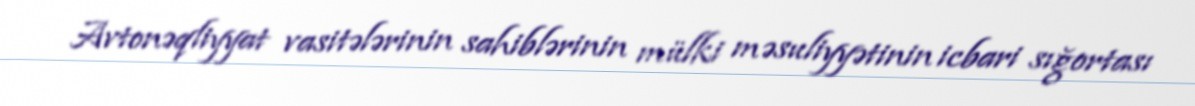
Avtonəqliyyat vasitələrinin sahiblərinin mülki məsuliyyətinin icbari sığortası